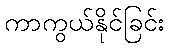
ကာကွယ်နိုင်ခြင်း